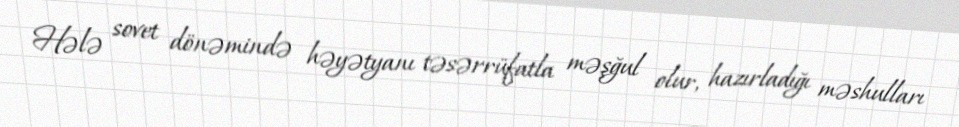
Hələ sovet dönəmində həyətyanı təsərrüfatla məşğul olur, hazırladığı məshulları